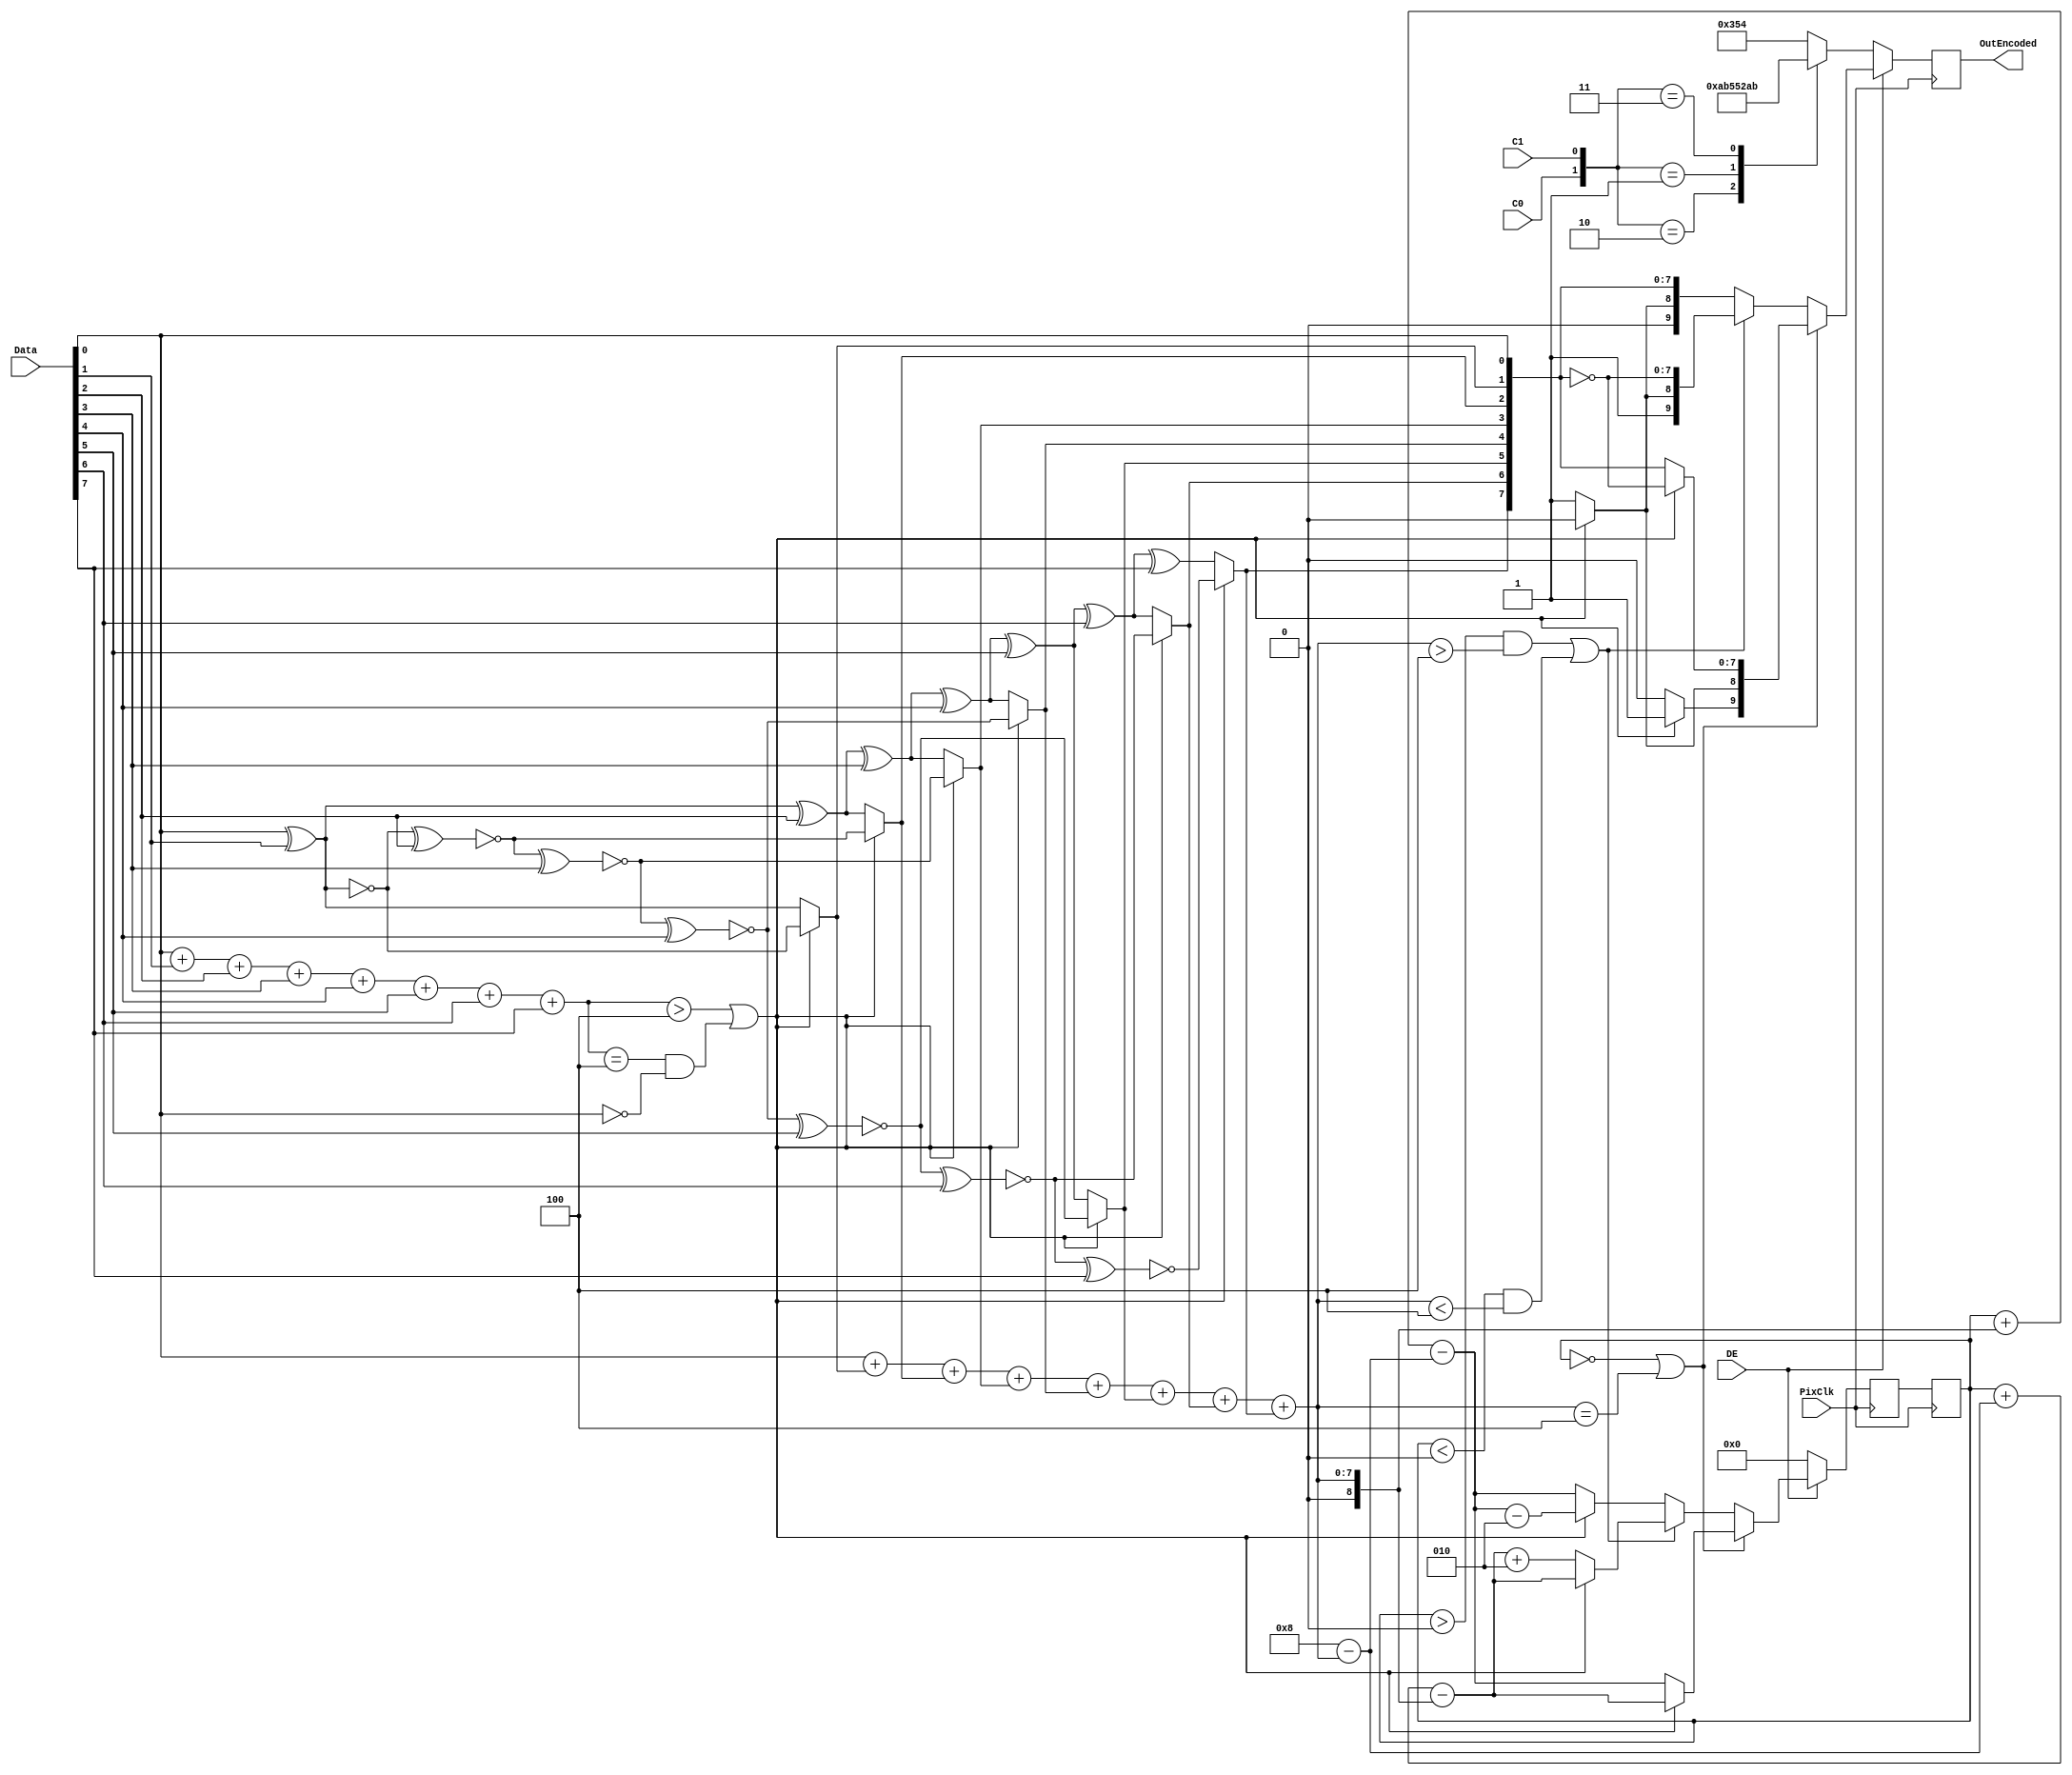
`timescale 1ns / 1ps
//////////////////////////////////////////////////////////////////////////////////
// Company: 
// Engineer: 
// 
// Design Name: 
// Module Name:    Component_encoder 
// Project Name: 
// Target Devices: 
// Tool versions: 
// Description: 
//
// Dependencies: 
//
// Revision: 
// Revision 0.01 - File Created
// Additional Comments: 
//
//////////////////////////////////////////////////////////////////////////////////
module Component_encoder
( input [7:0] Data,
  input C0,
  input C1,
  input DE,
  input PixClk,
  output [9:0] OutEncoded
);

  integer Cnt;
  integer NewCnt;
  reg [8:0] q_m;
  integer N1_Data;
  integer N1_qm;
  integer N0_qm;
  reg [9:0] Encoded;

  initial
    begin
      Cnt = 0;
      NewCnt = 0;
    end

  assign OutEncoded = Encoded;
  
  always @(posedge PixClk)
    begin
      N1_Data = Data[0] + Data[1] + Data[2] + Data[3] + Data[4] + Data[5] + Data[6] + Data[7];
      if ((N1_Data > 4) || ((N1_Data == 4) && (Data[0] == 0)))
        begin
          q_m[0] = Data[0];
          q_m[1] = ~(q_m[0] ^ Data[1]);
          q_m[2] = ~(q_m[1] ^ Data[2]);
          q_m[3] = ~(q_m[2] ^ Data[3]);
          q_m[4] = ~(q_m[3] ^ Data[4]);
          q_m[5] = ~(q_m[4] ^ Data[5]);
          q_m[6] = ~(q_m[5] ^ Data[6]);
          q_m[7] = ~(q_m[6] ^ Data[7]);
          q_m[8] = 0;
        end
      else
        begin
          q_m[0] = Data[0];
          q_m[1] = q_m[0] ^ Data[1];
          q_m[2] = q_m[1] ^ Data[2];
          q_m[3] = q_m[2] ^ Data[3];
          q_m[4] = q_m[3] ^ Data[4];
          q_m[5] = q_m[4] ^ Data[5];
          q_m[6] = q_m[5] ^ Data[6];
          q_m[7] = q_m[6] ^ Data[7];
          q_m[8] = 1;
        end
      N1_qm = q_m[0] + q_m[1] + q_m[2] + q_m[3] + q_m[4] + q_m[5] + q_m[6] + q_m[7]; 
      N0_qm = 8 - N1_qm;
      if (DE == 1)
        begin
          if ((Cnt == 0) || (N1_qm == 4))
            begin
              if (q_m[8] == 0)
                begin
                  Encoded[9] = 1;
                  Encoded[8] = 0;
                  Encoded[7:0] = ~q_m[7:0];
                  NewCnt = Cnt + N0_qm - N1_qm;
                end
              else
                begin
                  Encoded[9] = 0;
                  Encoded[8] = 1;
                  Encoded[7:0] = q_m[7:0];
                  NewCnt = Cnt + N1_qm - N0_qm;
                end
            end
          else
            begin
              if (((Cnt > 0) && (N1_qm > 4)) || ((Cnt < 0) && (N1_qm < 4)))
                begin
                  if (q_m[8] == 0)
                    begin
                      Encoded[9] = 1;
                      Encoded[8] = 0;
                      Encoded[7:0] = ~q_m[7:0];
                      NewCnt = Cnt + N0_qm - N1_qm;
                    end
                  else
                    begin
                      Encoded[9] = 1;
                      Encoded[8] = 1;
                      Encoded[7:0] = ~q_m[7:0];
                      NewCnt = Cnt + N0_qm - N1_qm + 2;
                    end
                end
              else
                begin
                  if (q_m[8] == 0)
                    begin
                      Encoded[9] = 0;
                      Encoded[8] = 0;
                      Encoded[7:0] = q_m[7:0];
                      NewCnt = Cnt + N1_qm - N0_qm - 2;
                    end
                  else
                    begin
                      Encoded[9] = 0;
                      Encoded[8] = 1;
                      Encoded[7:0] = q_m[7:0];
                      NewCnt = Cnt + N1_qm - N0_qm;
                    end
                end                                           
            end
        end
      else
        begin
          NewCnt = 0;
          case({C0,C1})
            2'b10:   Encoded = 10'b0010101011;
            2'b01:   Encoded = 10'b0101010100;
            2'b11:   Encoded = 10'b1010101011;
            default: Encoded = 10'b1101010100;
          endcase        
        end                    
    end
  
  always @(negedge PixClk)
    begin
      Cnt = NewCnt;
    end  

endmodule